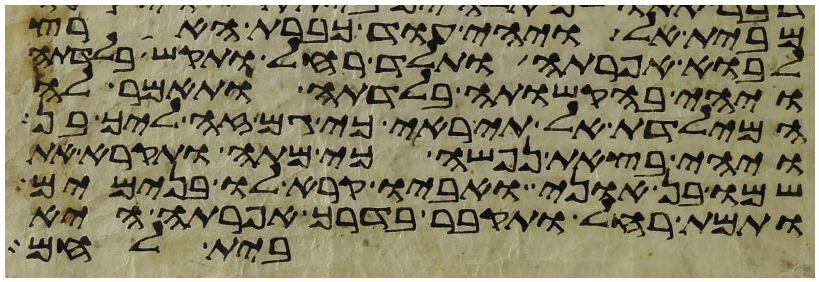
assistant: מבית אל ויהי עוד כברת הארץ
לבוא אפרתה ותלד רחל ותקש בלדתה
ויהי בהקשותה בלדתה ותאמר לה
המילדת אל תיראי כי גם זה ליך בן
ויהי בצאת נפשה כי מתה ותקרא את
שמו בן אוני ואביו קרא לו בנימים
ותמת רחל ותקבר בדרך אפרתה היא
בית לחם